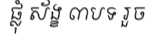
ផ្លុំ ស័ង្ខ ៣បទ រួច